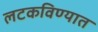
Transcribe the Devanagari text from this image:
लटकविण्यात